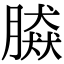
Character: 𦠎